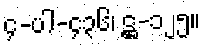
၄-ပါ-၄၃၆၊ ဋ္ဌ-၁၂၅။